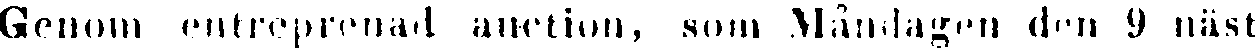
Genom entreprenad auction, som Måndagen den 9 näst